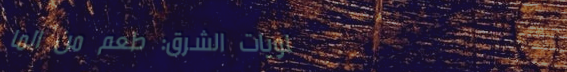
حلويات الشرق: طعم من الما